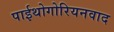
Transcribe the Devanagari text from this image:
पाईथोगोरियनवाद